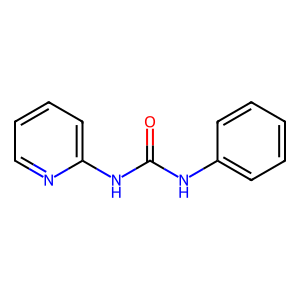
SMILES: O=C(Nc1ccccc1)Nc1ccccn1
Inhibits HIV replication: No